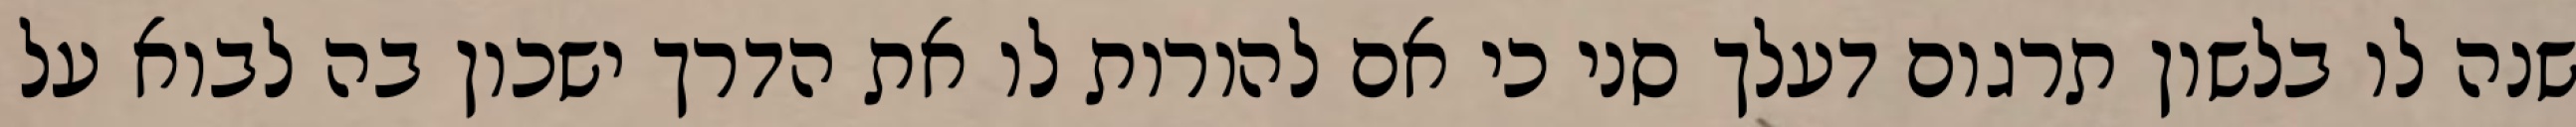
שנה לו בלשון תרגום דעלך סני כי אם להורות לו את הדרך ישכון בה לבוא על